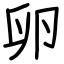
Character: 卵